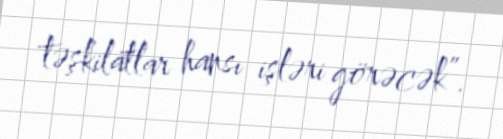
təşkilatlar hansı işləri görəcək”.